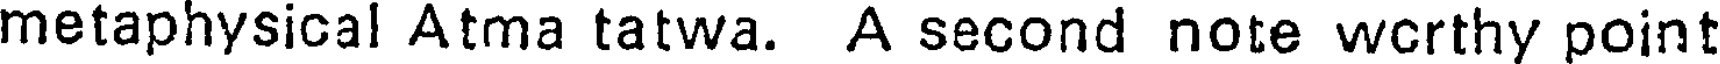
metaphysical Atma tatwa. A second note wcrthy point